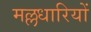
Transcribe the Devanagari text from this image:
मल्लधारियों